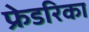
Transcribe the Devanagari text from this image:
फ्रेडरिका